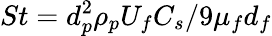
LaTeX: St=d_{p}^{2}\rho_{p}U_{f}C_{s}/9\mu_{f}d_{f}